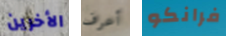
الأخرين أعرف فرانكو